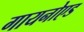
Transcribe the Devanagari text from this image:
गायनोएड